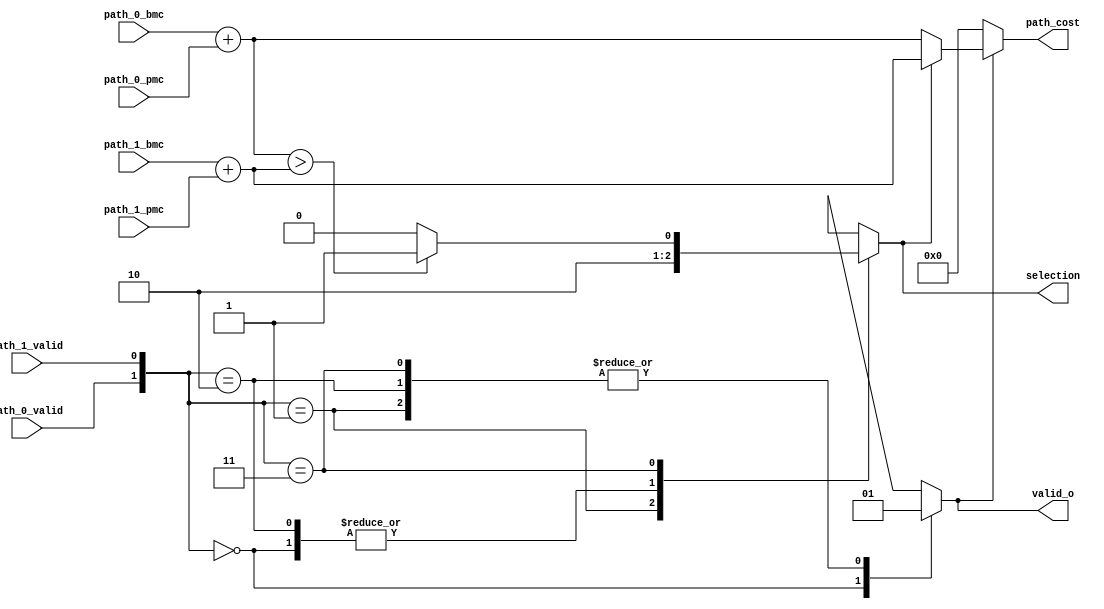
module ACS
(
   path_0_valid,
   path_1_valid,
   path_0_bmc,
   path_1_bmc,
   path_0_pmc,
   path_1_pmc,
   selection,
   valid_o,
   path_cost
);
   input       path_0_valid;
   input [1:0] path_0_bmc;
   input [7:0] path_0_pmc;

   input       path_1_valid;
   input [1:0] path_1_bmc;
   input [7:0] path_1_pmc;

   output reg        selection;
   output reg        valid_o;
   output      [7:0] path_cost;  


   wire  [7:0] path_cost_0;
   wire  [7:0] path_cost_1;

   assign path_cost_0  =  path_0_bmc + path_0_pmc;
   assign path_cost_1  =  path_1_bmc + path_1_pmc;

   assign path_cost      =  (valid_o?(selection?path_cost_1:path_cost_0):7'd0);   


   always @ (*)
   begin
      valid_o = 1'b1;

      case({path_0_valid,path_1_valid})
         2'b00:
         begin
            selection = 1'b0;
            valid_o   = 1'b0; 
         end
         2'b01:   selection = 1'b1;
         2'b10:   selection = 1'b0;
         2'b11:   selection = (path_cost_0 > path_cost_1)?1'b1:1'b0;
       endcase
   end
   

endmodule